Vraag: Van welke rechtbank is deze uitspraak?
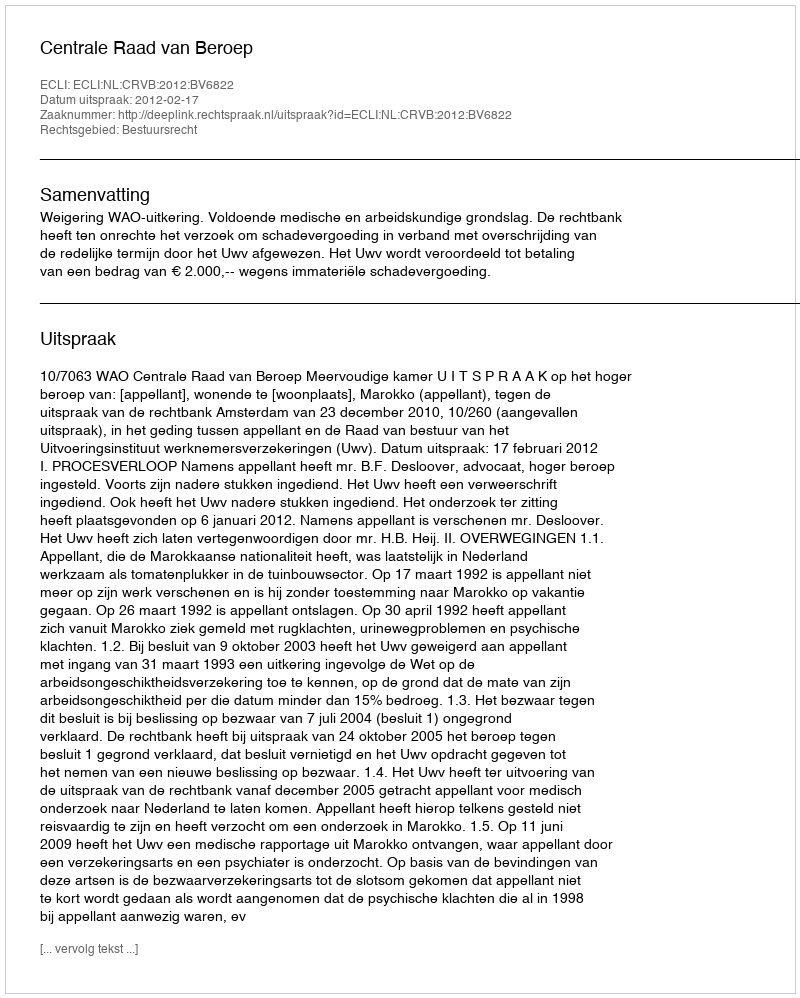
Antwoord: Centrale Raad van Beroep